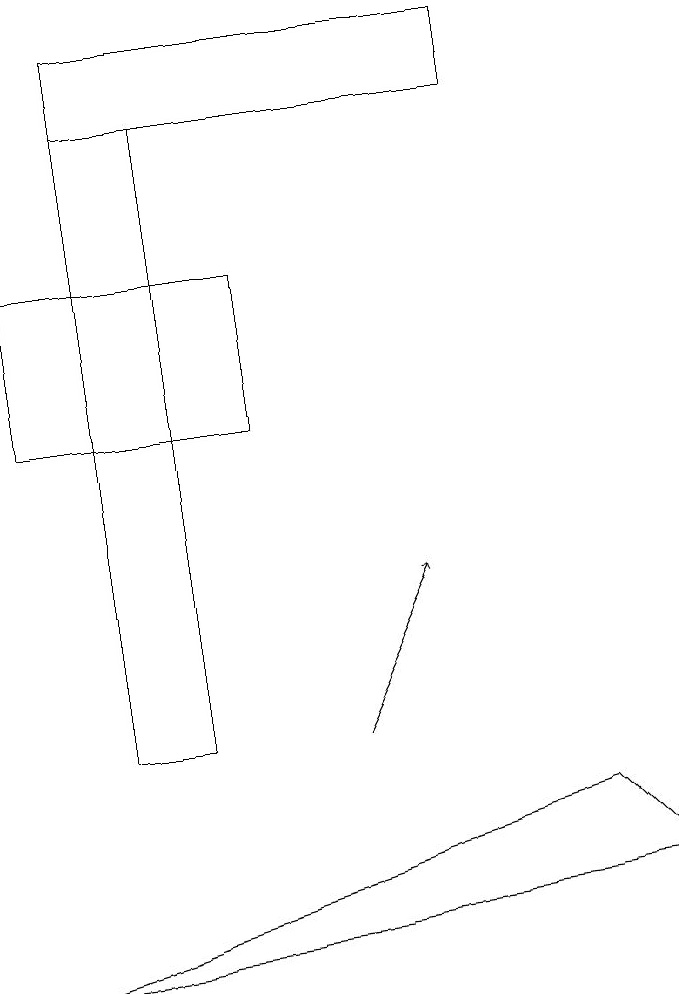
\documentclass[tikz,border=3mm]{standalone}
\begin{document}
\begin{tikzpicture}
\draw (2,10) rectangle (3,18);
\draw[->] (5,10) -- (6,12);
\draw (4,14) rectangle (1,16);
\draw (2,18) rectangle (7,19);
\draw (1,7) -- (9,8) -- (8,9) -- cycle;
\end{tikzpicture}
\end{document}